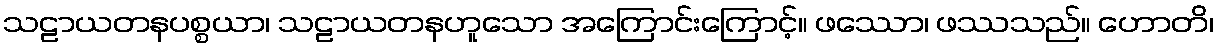
သဠာယတနပစ္စယာ၊ သဠာယတနဟူသော အကြောင်းကြောင့်။ ဖဿော၊ ဖဿသည်။ ဟောတိ၊